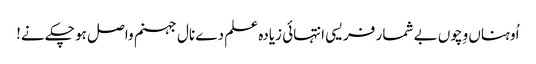
اُوہناں وِچوں بے شمار فریسی انتہائی زیادہ علم دے نال جہنم واصل ہو چکے نے!